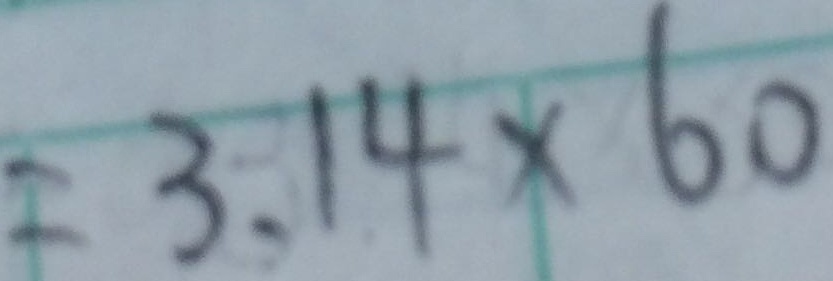
= 3 . 1 4 \times 6 0